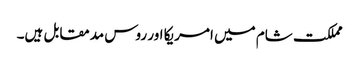
مملکت شام میں امریکا اور روس مدمقابل ہیں۔